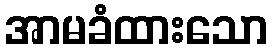
အာမခံထားသော